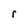
Character: r